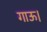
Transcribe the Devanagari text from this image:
गाऊ।